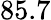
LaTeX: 85.7